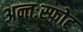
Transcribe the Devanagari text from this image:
अन्तःस्फोट